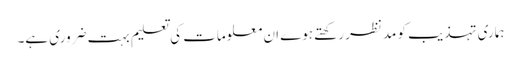
ہماری تہذیب کو مدنظر رکھتے ہوے ان معلومات کی تعلیم بہت ضروری ہے۔